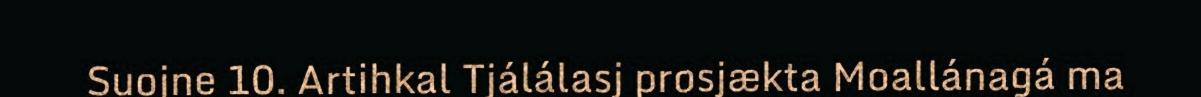
Suojne 10. Artihkal Tjálálasj prosjækta Moallánagá ma